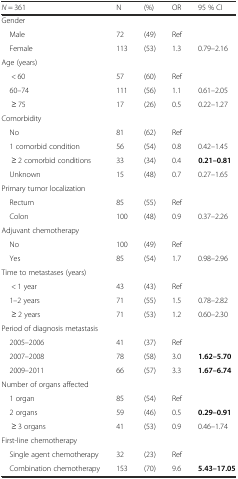
<table><thead><tr><td><b><i>N</i> = 361</b></td><td><b>N</b></td><td><b>(%)</b></td><td><b>OR</b></td><td><b>95 % CI</b></td></tr></thead><tbody><tr><td>Gender</td><td></td><td></td><td></td><td></td></tr><tr><td> Male</td><td>72</td><td>(49)</td><td>Ref</td><td></td></tr><tr><td> Female</td><td>113</td><td>(53)</td><td>1.3</td><td>0.79–2.16</td></tr><tr><td>Age (years)</td><td></td><td></td><td></td><td></td></tr><tr><td>&lt; 60</td><td>57</td><td>(60)</td><td>Ref</td><td></td></tr><tr><td> 60–74</td><td>111</td><td>(56)</td><td>1.1</td><td>0.61–2.05</td></tr><tr><td>≥ 75</td><td>17</td><td>(26)</td><td>0.5</td><td>0.22–1.27</td></tr><tr><td>Comorbidity</td><td></td><td></td><td></td><td></td></tr><tr><td> No</td><td>81</td><td>(62)</td><td>Ref</td><td></td></tr><tr><td> 1 comorbid condition</td><td>56</td><td>(54)</td><td>0.8</td><td>0.42–1.45</td></tr><tr><td>≥ 2 comorbid conditions</td><td>33</td><td>(34)</td><td>0.4</td><td><b>0.21–0.81</b></td></tr><tr><td> Unknown</td><td>15</td><td>(48)</td><td>0.7</td><td>0.27–1.65</td></tr><tr><td>Primary tumor localization</td><td></td><td></td><td></td><td></td></tr><tr><td> Rectum</td><td>85</td><td>(55)</td><td>Ref</td><td></td></tr><tr><td> Colon</td><td>100</td><td>(48)</td><td>0.9</td><td>0.37–2.26</td></tr><tr><td>Adjuvant chemotherapy</td><td></td><td></td><td></td><td></td></tr><tr><td> No</td><td>100</td><td>(49)</td><td>Ref</td><td></td></tr><tr><td> Yes</td><td>85</td><td>(54)</td><td>1.7</td><td>0.98–2.96</td></tr><tr><td>Time to metastases (years)</td><td></td><td></td><td></td><td></td></tr><tr><td>&lt; 1 year</td><td>43</td><td>(43)</td><td>Ref</td><td></td></tr><tr><td> 1–2 years</td><td>71</td><td>(55)</td><td>1.5</td><td>0.78–2.82</td></tr><tr><td>≥ 2 years</td><td>71</td><td>(53)</td><td>1.2</td><td>0.60–2.30</td></tr><tr><td>Period of diagnosis metastasis</td><td></td><td></td><td></td><td></td></tr><tr><td> 2005–2006</td><td>41</td><td>(37)</td><td>Ref</td><td></td></tr><tr><td> 2007–2008</td><td>78</td><td>(58)</td><td>3.0</td><td><b>1.62–5.70</b></td></tr><tr><td> 2009–2011</td><td>66</td><td>(57)</td><td>3.3</td><td><b>1.67–6.74</b></td></tr><tr><td>Number of organs affected</td><td></td><td></td><td></td><td></td></tr><tr><td> 1 organ</td><td>85</td><td>(54)</td><td>Ref</td><td></td></tr><tr><td> 2 organs</td><td>59</td><td>(46)</td><td>0.5</td><td><b>0.29–0.91</b></td></tr><tr><td>≥ 3 organs</td><td>41</td><td>(53)</td><td>0.9</td><td>0.46–1.74</td></tr><tr><td>First-line chemotherapy</td><td></td><td></td><td></td><td></td></tr><tr><td> Single agent chemotherapy</td><td>32</td><td>(23)</td><td>Ref</td><td></td></tr><tr><td> Combination chemotherapy</td><td>153</td><td>(70)</td><td>9.6</td><td><b>5.43–17.05</b></td></tr></tbody></table>